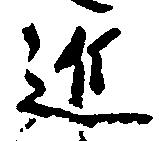
近